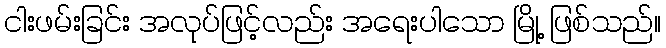
ငါးဖမ်းခြင်း အလုပ်ဖြင့်လည်း အရေးပါသော မြို့ ဖြစ်သည်။